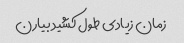
زمان زیادی طول کشید بیارن